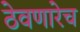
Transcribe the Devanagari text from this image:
ठेवणारेच